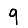
Digit: 9